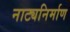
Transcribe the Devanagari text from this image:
नाट्यनिर्माण